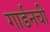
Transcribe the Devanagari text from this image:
गार्डनची